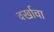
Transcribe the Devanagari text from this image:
वर्खाचा